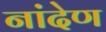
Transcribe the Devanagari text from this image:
नांदेण